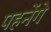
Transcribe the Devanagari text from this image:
पहनेंगे